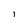
Character: 1